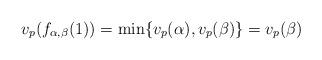
LaTeX: \begin{align*} v_p(f_{\alpha, \beta}(1)) = \min \{v_p(\alpha), v_p(\beta) \} = v_p(\beta)\end{align*}